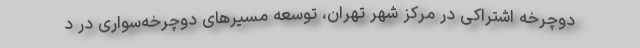
دوچرخه اشتراکی در مرکز شهر تهران، توسعه مسیرهای دوچرخه‌سواری در د